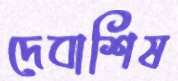
দেবাশিষ